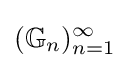
(\mathbb {G} _{n})_{n=1}^{\infty }